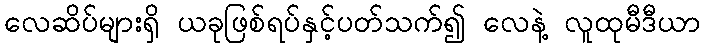
လေဆိပ်များရှိ ယခုဖြစ်ရပ်နှင့်ပတ်သက်၍ လေနဲ့ လူထုမီဒီယာ